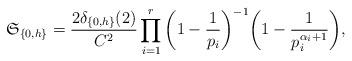
LaTeX: \begin{align*} \mathfrak{S}_{\{0,h\}} = \frac{2\delta_{\{0,h\}}(2)}{C^2} \prod_{i = 1}^r \bigg(1 - \frac{1}{p_i}\bigg)^{-1} \bigg(1 - \frac{1}{p_i^{\alpha_i + 1}}\bigg),\end{align*}